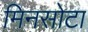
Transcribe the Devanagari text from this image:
मिनसोटा